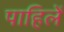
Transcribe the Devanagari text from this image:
पाहिलें